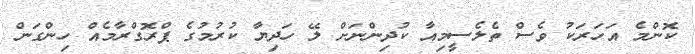
ކޮންމެ އަހަރަކު ވެސް ތެލެސީމިއާ ކުދިންނަށް ލޭ ހަދިޔާ ކުރުމުގެ ޕްރޮގްރާމެއް ހިންގަން